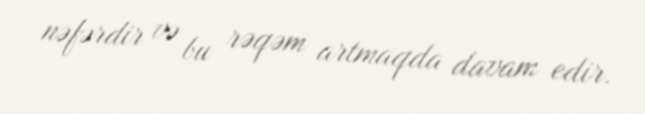
nəfərdir və bu rəqəm artmaqda davam edir.